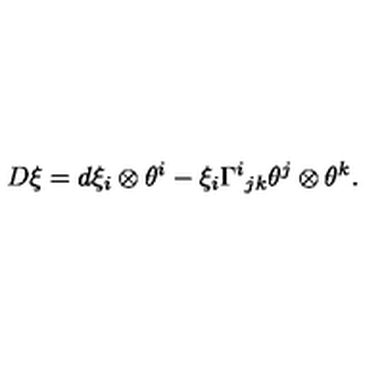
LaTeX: D \xi = d \xi _ { i } \otimes \theta ^ { i } - \xi _ { i } \Gamma ^ { i } { } _ { j k } \theta ^ { j } \otimes \theta ^ { k } .